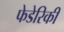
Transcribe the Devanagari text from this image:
फेडेरिकी